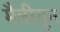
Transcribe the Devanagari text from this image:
मैत्रीतून